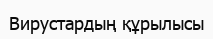
Вирустардың құрылысы